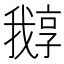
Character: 𡦛